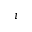
i